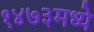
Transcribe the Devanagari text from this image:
१४७३मध्ये